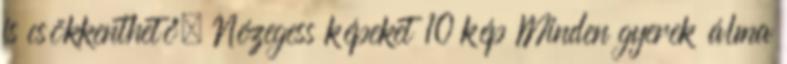
is csökkenthető. Nézegess képeket 10 kép Minden gyerek álma